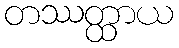
တဿတ္ထာယ